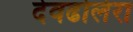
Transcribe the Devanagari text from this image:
देवढोलेरा